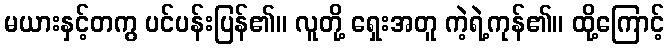
မယားနှင့်တကွ ပင်ပန်းပြန်၏။ လူတို့ ရှေးအတူ ကဲ့ရဲ့ကုန်၏။ ထို့ကြောင့်